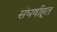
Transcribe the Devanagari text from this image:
संघर्षाहूत